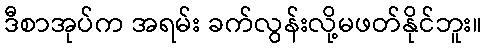
ဒီစာအုပ်က အရမ်း ခက်လွန်းလို့မဖတ်နိုင်ဘူး။